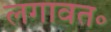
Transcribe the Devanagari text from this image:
लगावत॰